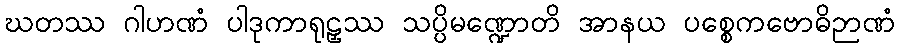
ဃတဿ ဂါဟဏံ ပါဒုကာရုဠှဿ သပ္ပိမဏ္ဍောတိ အာနယ ပစ္စေကဗောဓိဉာဏံ